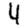
Digit: 4